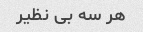
هر سه بی نظیر